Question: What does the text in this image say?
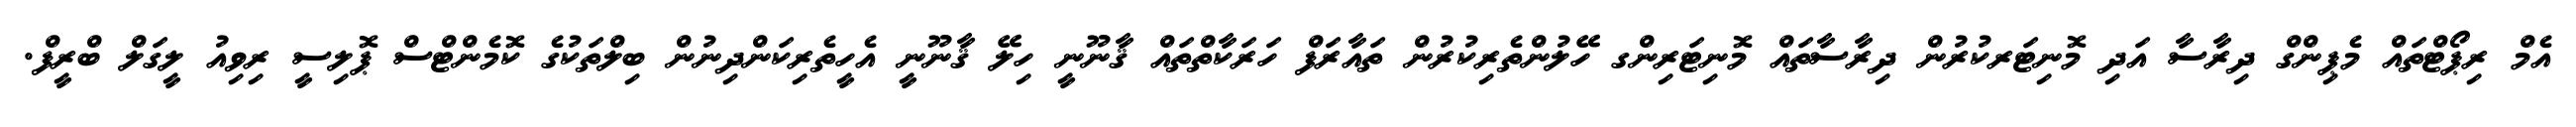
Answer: އެމް ރިޕޯޓްތައް މެޕިންގް ދިރާސާ އަދި މޮނިޓަރކުރުން ދިރާސާތައް މޮނިޓަރިންގ ހޭލުންތެރިކުރުން ތައާރަފް ހަރަކާތްތައް ޤާނޫނީ ހިލޭ ޤާނޫނީ އެހީތެރިކަންދިނުން ބިލްތަކުގެ ކޮމެންޓްސް ޕޮލިސީ ރިވިއު ލީގަލް ބްރީފް.